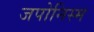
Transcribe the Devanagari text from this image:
जपोनिस्म